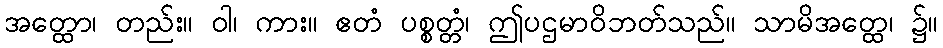
အတ္ထော၊ တည်း။ ဝါ၊ ကား။ ဧတံ ပစ္စတ္တံ၊ ဤပဌမာဝိဘတ်သည်။ သာမိအတ္ထေ၊ ၌။